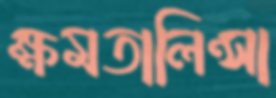
ক্ষমতালিন্সা